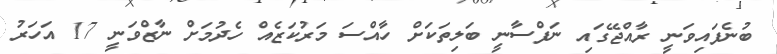
ބުނެފައިވަނީ ރާއްޖޭގައި ނަފްސާނީ ބަލިތަކަށް ހާއްސަ މަރުކަޒެއް ހެދުމަށް ނާޒްވަނީ 17 އަހަރު